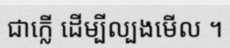
ជាក្លើ ដើម្បីល្បងមើល ។